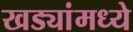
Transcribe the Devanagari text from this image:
खड्यांमध्ये